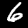
Digit: 6